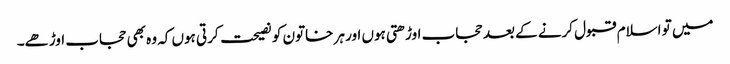
میں تو اسلام قبول کرنے کے بعد حجاب اوڑھتی ہوں اور ہر خاتون کو نصیحت کرتی ہوں کہ وہ بھی حجاب اوڑھے۔